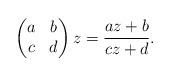
LaTeX: \begin{align*}\begin{pmatrix} a & b\\c & d\end{pmatrix} z = \frac{az + b}{cz + d}.\end{align*}